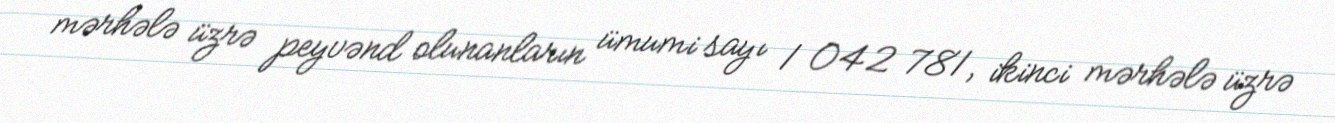
mərhələ üzrə peyvənd olunanların ümumi sayı 1 042 781, ikinci mərhələ üzrə